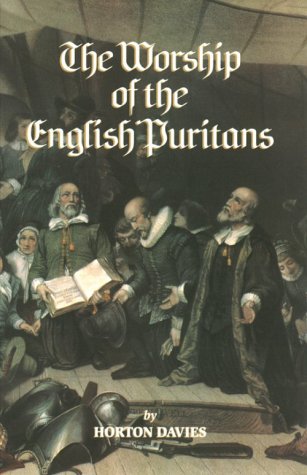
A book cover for The Worship of the English Puritians (Puritanism); Horton Davies; Christian Books & Bibles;